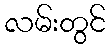
လမ်းတွင်